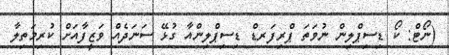
(ނޯޓް: ކޯ ޑިސިޕްލިން ނުވަތަ ޕްރިފަރޑް ޑިސިޕްލިންއާ ގުޅޭ ސަނަދެއް ވަޒީފާއަށް ކުރިމަތިލާ